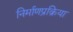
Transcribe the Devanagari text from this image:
निर्माणप्रक्रिया